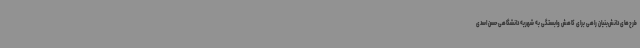
طرح‌های دانش‌بنیان راهی برای کاهش وابستگی به شهریه دانشگاهی حسن اسدی